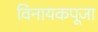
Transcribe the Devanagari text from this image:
विनायकपूजा